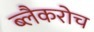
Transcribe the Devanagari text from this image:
ब्लैकरोच